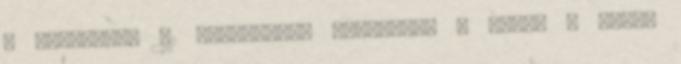
5 százalék. 81 Regionális megoszlás 6 régió : Kelet